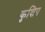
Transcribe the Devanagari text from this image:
कुशिप